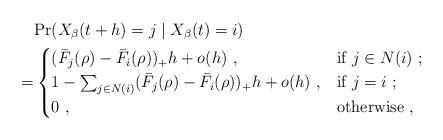
LaTeX: \begin{align*}&\textrm{Pr}(X_\beta(t+h)=j\mid X_\beta(t)=i)\\=&\begin{cases}( \bar F_j(\rho)- \bar F_i(\rho))_+h+o(h)\ , \quad&\textrm{if}~ j\in N(i)\ ;\\1-\sum_{j\in N(i)}(\bar F_j(\rho)-\bar F_i(\rho))_+h+o(h)\ ,&\textrm{if}~ j=i\ ;\\0\ ,&\textrm{otherwise}\ ,\end{cases}\end{align*}